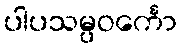
ပါပသမ္ပဝင်္ကော